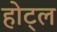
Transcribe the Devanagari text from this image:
होट्ल